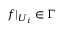
f | _ { U _ { i } } \in \Gamma